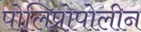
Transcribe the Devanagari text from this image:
पोलिप्रोपोलीन